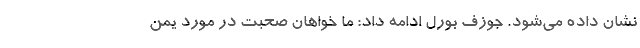
نشان داده می‌شود. جوزف بورل ادامه داد: ما خواهان صحبت در مورد یمن